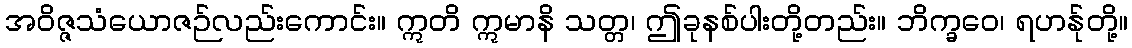
အဝိဇ္ဇသံယောဇဉ်လည်းကောင်း။ ဣတိ ဣမာနိ သတ္တ၊ ဤခုနစ်ပါးတို့တည်း။ ဘိက္ခဝေ၊ ရဟန်ုတို့။